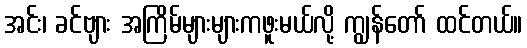
အင်း၊ ခင်ဗျား အကြိမ်များများကဖူးမယ်လို့ ကျွန်တော် ထင်တယ်။